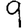
Digit: 9